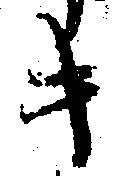
キ